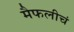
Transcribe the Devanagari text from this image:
मैफलीचं